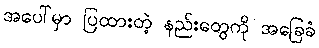
အပေါ်မှာ ပြထားတဲ့ နည်းတွေကို အခြေခံ